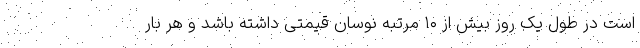
است در طول یک روز بیش از ۱۰ مرتبه نوسان قیمتی داشته باشد و هر بار